Insane asylums in Bengal annual reports 1867-1875 - 1867-1875
Year: 1867
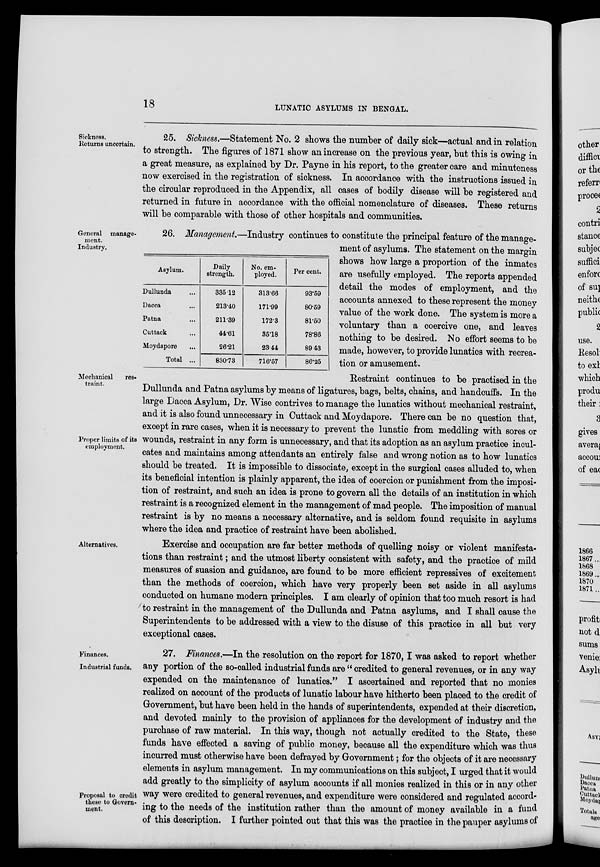
18
LUNATIC ASYLUMS IN BENGAL.
Sickness.
Returns uncertain.
25. Sickness.—Statement No. 2 shows the number of daily sick—actual and in relation
to strength. The figures of 1871 show an increase on the previous year, but this is owing in
a great measure, as explained by Dr. Payne in his report, to the greater care and minuteness
now exercised in the registration of sickness. In accordance with the instructions issued in
the circular reproduced in the Appendix, all cases of bodily disease will be registered and
returned in future in accordance with the official nomenclature of diseases. These returns
will be comparable with those of other hospitals and communities.
General manage-
ment.
Industry.
Asylum.
Dullunda ...
Dacca ...
Patna ...
Cuttack ...
Moydapore ...
Total ...
Daily
strength.
335.12
213.40
211.39
44.61
26.21
830.73
No. em-
ployed.
313.66
171.99
172.3
35.18
23 44
716.57
Per cent.
93.59
80.59
81.50
78.86
89.43
86.25
26. Management.—Industry continues to constitute the principal feature of the manage-
ment of asylums. The statement on the margin
shows how large a proportion of the inmates
are usefully employed. The reports appended
detail the modes of employment, and the
accounts annexed to these represent the money
value of the work done. The system is more a
voluntary than a coercive one, and leaves
nothing to be desired. No effort seems to be
made, however, to provide lunatics with recrea-
tion or amusement.
Mechanical
res-
traint.
Proper limits of its
employment.
Restraint continues to be practised in the
Dullunda and Patna asylums by means of ligatures, bags, belts, chains, and handcuffs. In the
large Dacca Asylum, Dr. Wise contrives to manage the lunatics without mechanical restraint,
and it is also found unnecessary in Cuttack and Moydapore. There can be no question that,
except in rare cases, when it is necessary to prevent the lunatic from meddling with sores or
wounds, restraint in any form is unnecessary, and that its adoption as an asylum practice incul-
cates and maintains among attendants an entirely false and wrong notion as to how lunatics
should be treated. It is impossible to dissociate, except in the surgical cases alluded to, when
its beneficial intention is plainly apparent, the idea of coercion or punishment from the imposi-
tion of restraint, and such an idea is prone to govern all the details of an institution in which
restraint is a recognized element in the management of mad people. The imposition of manual
restraint is by no means a necessary alternative, and is seldom found requisite in asylums
where the idea and practice of restraint have been abolished.
Alternatives.
Exercise and occupation are far better methods of quelling noisy or violent manifesta-
tions than restraint; and the utmost liberty consistent with safety, and the practice of mild
measures of suasion and guidance, are found to be more efficient repressives of excitement
than the methods of coercion, which have very properly been set aside in all asylums
conducted on humane modern principles. I am clearly of opinion that too much resort is had
to restraint in the management of the Dullunda and Patna asylums, and I shall cause the
Superintendents to be addressed with a view to the disuse of this practice in all but very
exceptional cases.
Finances.
Industrial funds.
Proposal to credit
these to Govern-
ment.
27. Finances.—In the resolution on the report for 1870, I was asked to report whether
any portion of the so-called industrial funds are " credited to general revenues, or in any way
expended on the maintenance of lunatics." I ascertained and reported that no monies
realized on account of the products of lunatic labour have hitherto been placed to the credit of
Government, but have been held in the hands of superintendents, expended at their discretion,
and devoted mainly to the provision of appliances for the development of industry and the
purchase of raw material. In this way, though not actually credited to the State, these
funds have effected a saving of public money, because all the expenditure which was thus
incurred must otherwise have been defrayed by Government; for the objects of it are necessary
elements in asylum management. In my communications on this subject, I urged that it would
add greatly to the simplicity of asylum accounts if all monies realized in this or in any other
way were credited to general revenues, and expenditure were considered and regulated accord-
ing to the needs of the institution rather than the amount of money available in a fund
of this description. I further pointed out that this was the practice in the pauper asylums of